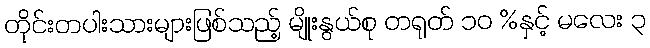
တိုင်းတပါးသားများဖြစ်သည့် မျိုးနွယ်စု တရုတ် ၁၀ %နှင့် မလေး ၃